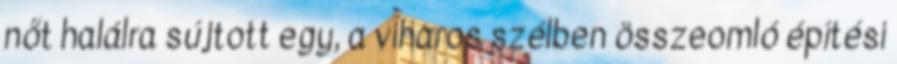
nőt halálra sújtott egy, a viharos szélben összeomló építési